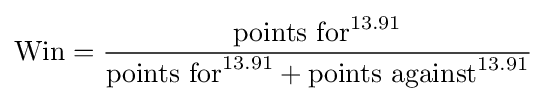
\mathrm {Win} ={\frac {{\text{points for}}^{13.91}}{{\text{points for}}^{13.91}+{\text{points against}}^{13.91}}}